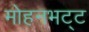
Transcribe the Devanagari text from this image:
मोहनभट्ट